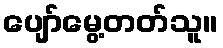
ပျော်မွေ့တတ်သူ။